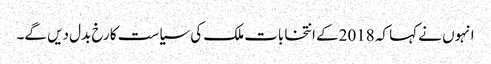
انہوں نے کہا کہ 2018کے انتخابات ملک کی سیاست کا رخ بدل دیں گے۔